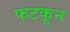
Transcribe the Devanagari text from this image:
फटकून